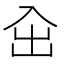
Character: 㒴